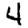
Digit: 4